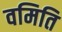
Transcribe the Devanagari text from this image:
वमिति